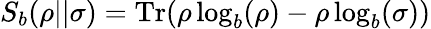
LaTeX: S_{b}(\rho\vert\vert\sigma)=\mathrm{Tr}(\rho\log_{b}(\rho)-\rho\log_{b}(\sigma))